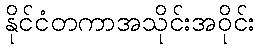
နိုင်ငံတကာအသိုင်းအဝိုင်း